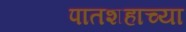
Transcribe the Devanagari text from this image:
पातशहाच्या